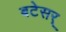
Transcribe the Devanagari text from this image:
बटेसर्